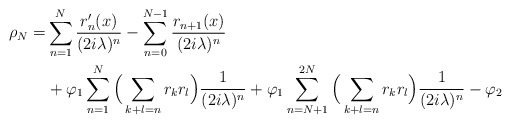
\begin{align*}\rho_N=& \sum_{n=1}^N\frac{r'_n(x)}{(2i\lambda)^n}-\sum_{n=0}^{N-1}\frac{r_{n+1}(x)}{(2i\lambda)^n}\\& + \varphi_1\sum_{n=1}^N\Big(\sum_{k+ l=n}r_kr_l\Big)\frac{1}{(2i\lambda)^n}+ \varphi_1\sum_{n=N+1}^{2N}\Big(\sum_{k+l= n}r_kr_l\Big)\frac{1}{(2i\lambda)^n}-\varphi_2\end{align*}